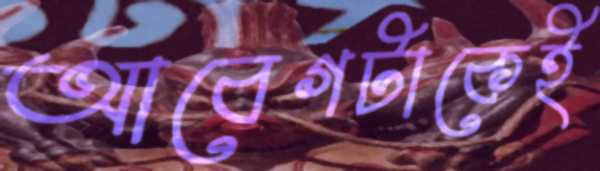
আবেগটাকেই